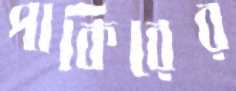
পাকিরের